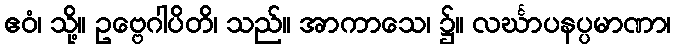
ဧဝံ၊ သို့။ ဥဗ္ဗေဂါပိတိ၊ သည်။ အာကာသေ၊ ၌။ လင်္ဃာပနပ္ပမာဏာ၊